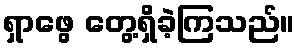
ရှာဖွေ တွေ့ရှိခဲ့ကြသည်။